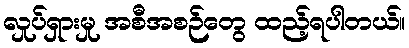
လှုပ်ရှားမှု အစီအစဉ်တွေ ထည့်ရပါတယ်။